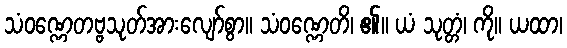
သံဝဏ္ဏေတဗ္ဗသုတ်အားလျော်စွာ။ သံဝဏ္ဏေတိ၊ ၏။ ယံ သုတ္တံ၊ ကို။ ယထာ၊